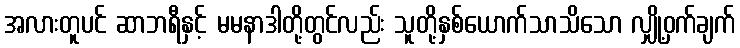
အလားတူပင် ဆာဘရီနှင့် မမနာဒါတို့တွင်လည်း သူတို့နှစ်ယောက်သာသိသော လျှို့ဝှက်ချက်